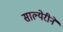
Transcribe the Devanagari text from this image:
साल्येरीने